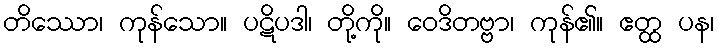
တိဿော၊ ကုန်သော။ ပဋိပဒါ၊ တို့ကို။ ဝေဒိတဗ္ဗာ၊ ကုန်၏။ ဧတ္ထ ပန၊